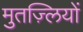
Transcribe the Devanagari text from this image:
मुतज़्लियों